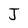
Character: J